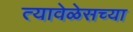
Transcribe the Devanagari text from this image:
त्यावेळेसच्या